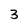
Character: 3